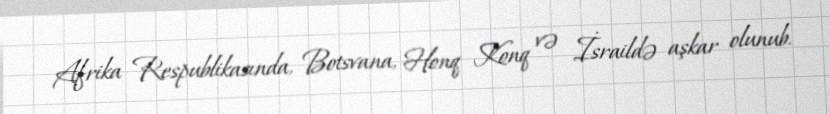
Afrika Respublikasında, Botsvana, Honq Konq və İsraildə aşkar olunub.